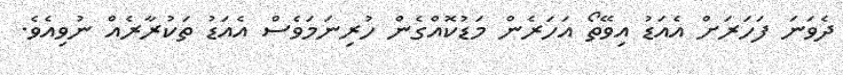
ދެވަނަ ފަހަރަށް އެއަޑު އިވޭތޯ އަހަރެން މަޑުކޮއްގެން ހުރިނަމަވެސް އެއަޑު ތަކުރާރެއް ނުވިއެވެ.